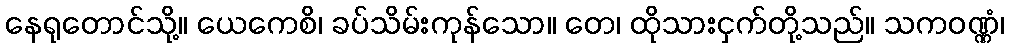
နေရုတောင်သို့။ ယေကေစိ၊ ခပ်သိမ်းကုန်သော။ တေ၊ ထိုသားငှက်တို့သည်။ သကဝဏ္ဏံ၊